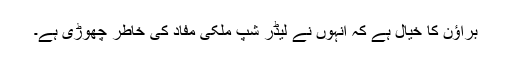
براؤن کا خیال ہے کہ انہوں نے لیڈر شپ ملکی مفاد کی خاطر چھوڑی ہے۔